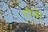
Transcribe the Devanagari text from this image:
पीने।